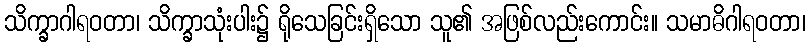
သိက္ခာဂါရဝတာ၊ သိက္ခာသုံးပါး၌ ရိုသေခြင်းရှိသော သူ၏ အဖြစ်လည်းကောင်း။ သမာဓိဂါရဝတာ၊